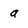
Character: a